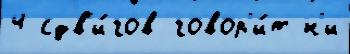
4 сдв'и́гов говор'и́т н'и